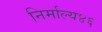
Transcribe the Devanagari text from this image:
निर्माल्य४६